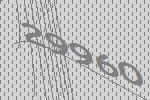
29960